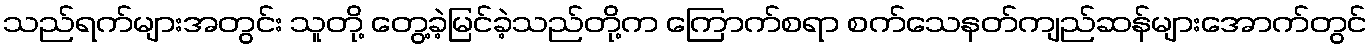
သည်ရက်များအတွင်း သူတို့ တွေ့ခဲ့မြင်ခဲ့သည်တို့က ကြောက်စရာ စက်သေနတ်ကျည်ဆန်များအောက်တွင်